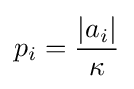
p_{i}={\frac {|a_{i}|}{\kappa }}